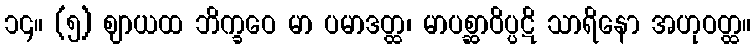
၁၄။ (၅) ဈာယထ ဘိက္ခဝေ မာ ပမာဒတ္ထ၊ မာပစ္ဆာဝိပ္ပဋိ သာရိနော အဟုဝတ္ထ။